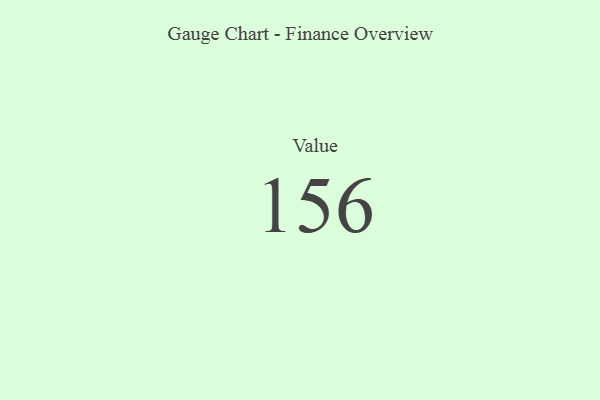
{"axis": {"x": "Metric", "y": "Value"}, "legend": [""], "data": [{"x": "Value", "y": 156, "type": ""}]}